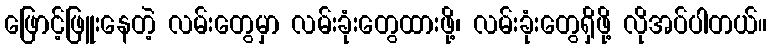
ဖြောင့်ဖြူးနေတဲ့ လမ်းတွေမှာ လမ်းခုံးတွေထားဖို့၊ လမ်းခုံးတွေရှိဖို့ လိုအပ်ပါတယ်။